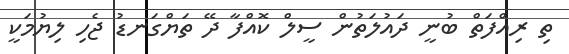
ތި ރިއްފަތް ބުނީ ދައުލަތުން ސީލް ކޮއްފާ ދޭ ތަޔްގަނޑު ޖެހި ލިޔުމަކީ